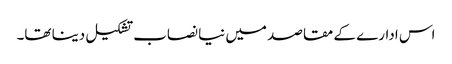
اس ادارے کے مقاصد میں نیا نصاب تشکیل دینا تھا۔